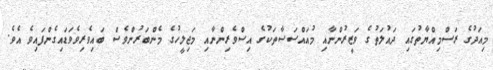
މިއަދުގެ ރަސްމިއްޔާތުގައި ދައުލަތުގެ ވަޒީރުންނާއި މުއައްސަސާތަކުގެ އިސްވެރިންނާއި މަޖިލީހުގެ މެންބަރުންވެސް ބައިވެރިވެވަޑައިގެންފައިވެ އެވެ.